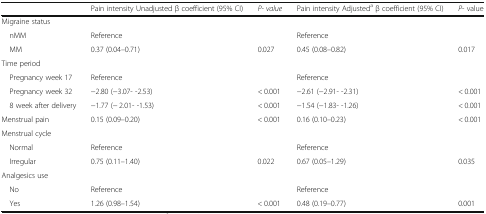
<table><thead><tr><td></td><td><b>Pain intensity Unadjusted β coefficient (95% CI)</b></td><td><b><i>P- value</i></b></td><td><b>Pain intensity Adjusted<sup>a</sup> β coefficient (95% CI)</b></td><td><b><i>P</i>- value</b></td></tr></thead><tbody><tr><td colspan="5">Migraine status</td></tr><tr><td> nMM</td><td>Reference</td><td></td><td>Reference</td><td></td></tr><tr><td> MM</td><td>0.37 (0.04–0.71)</td><td>0.027</td><td>0.45 (0.08–0.82)</td><td>0.017</td></tr><tr><td colspan="5">Time period</td></tr><tr><td> Pregnancy week 17</td><td>Reference</td><td></td><td>Reference</td><td></td></tr><tr><td> Pregnancy week 32</td><td>−2.80 (−3.07- -2.53)</td><td>&lt; 0.001</td><td>−2.61 (−2.91- -2.31)</td><td>&lt; 0.001</td></tr><tr><td> 8 week after delivery</td><td>−1.77 (− 2.01- -1.53)</td><td>&lt; 0.001</td><td>−1.54 (−1.83- -1.26)</td><td>&lt; 0.001</td></tr><tr><td>Menstrual pain</td><td>0.15 (0.09–0.20)</td><td>&lt; 0.001</td><td>0.16 (0.10–0.23)</td><td>&lt; 0.001</td></tr><tr><td colspan="5">Menstrual cycle</td></tr><tr><td> Normal</td><td>Reference</td><td></td><td>Reference</td><td></td></tr><tr><td> Irregular</td><td>0.75 (0.11–1.40)</td><td>0.022</td><td>0.67 (0.05–1.29)</td><td>0.035</td></tr><tr><td colspan="5">Analgesics use</td></tr><tr><td> No</td><td>Reference</td><td></td><td>Reference</td><td></td></tr><tr><td> Yes</td><td>1.26 (0.98–1.54)</td><td>&lt; 0.001</td><td>0.48 (0.19–0.77)</td><td>0.001</td></tr></tbody></table>